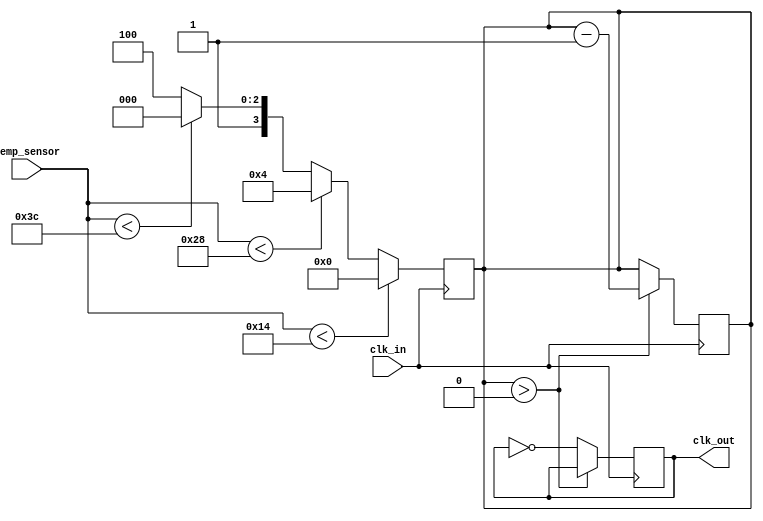
module TempCompClockBuffer (
    input wire clk_in,               // Input clock signal
    input wire [7:0] temp_sensor,    // 8-bit temperature sensor input (simulated)
    output reg clk_out               // Buffered output clock signal
);

    // Parameters for delay settings (these would be tuned based on the actual application)
    parameter DELAY_RANGE = 16;      // Maximum delay range
    reg [3:0] delay_setting;          // Delay setting based on temperature
    reg [3:0] delay_counter;          // Counter for delay line simulation

    // Control logic to adjust delay setting based on temperature
    always @(*) begin
        // Example compensation logic based on temperature
        // This is a placeholder; actual implementation may require a lookup table or interpolation
        if (temp_sensor < 8'd20) begin
            delay_setting = 4'd0;     // No delay for low temperature
        end else if (temp_sensor < 8'd40) begin
            delay_setting = 4'd4;     // Moderate delay for medium temperature
        end else if (temp_sensor < 8'd60) begin
            delay_setting = 4'd8;     // Increased delay for high temperature
        end else begin
            delay_setting = 4'd12;    // Maximum delay for very high temperature
        end
    end

    // Variable delay line (simple simulation using a counter)
    always @(posedge clk_in) begin
        delay_counter <= delay_setting; // Set delay counter based on the calculated delay
    end

    // Output clock generation with delay
    always @(posedge clk_in) begin
        if (delay_counter > 0) begin
            delay_counter <= delay_counter - 1; // Count down the delay
            clk_out <= clk_out;                  // Maintain output until delay expires
        end else begin
            clk_out <= ~clk_out;                  // Toggle output clock signal
        end
    end

endmodule